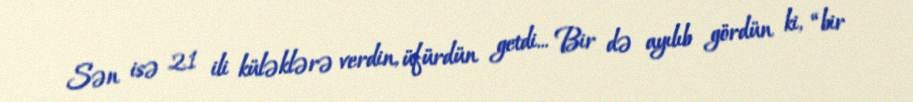
Sən isə 21 ili küləklərə verdin, üfürdün getdi... Bir də ayılıb gördün ki, “bir